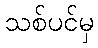
သစ်ပင်မှ